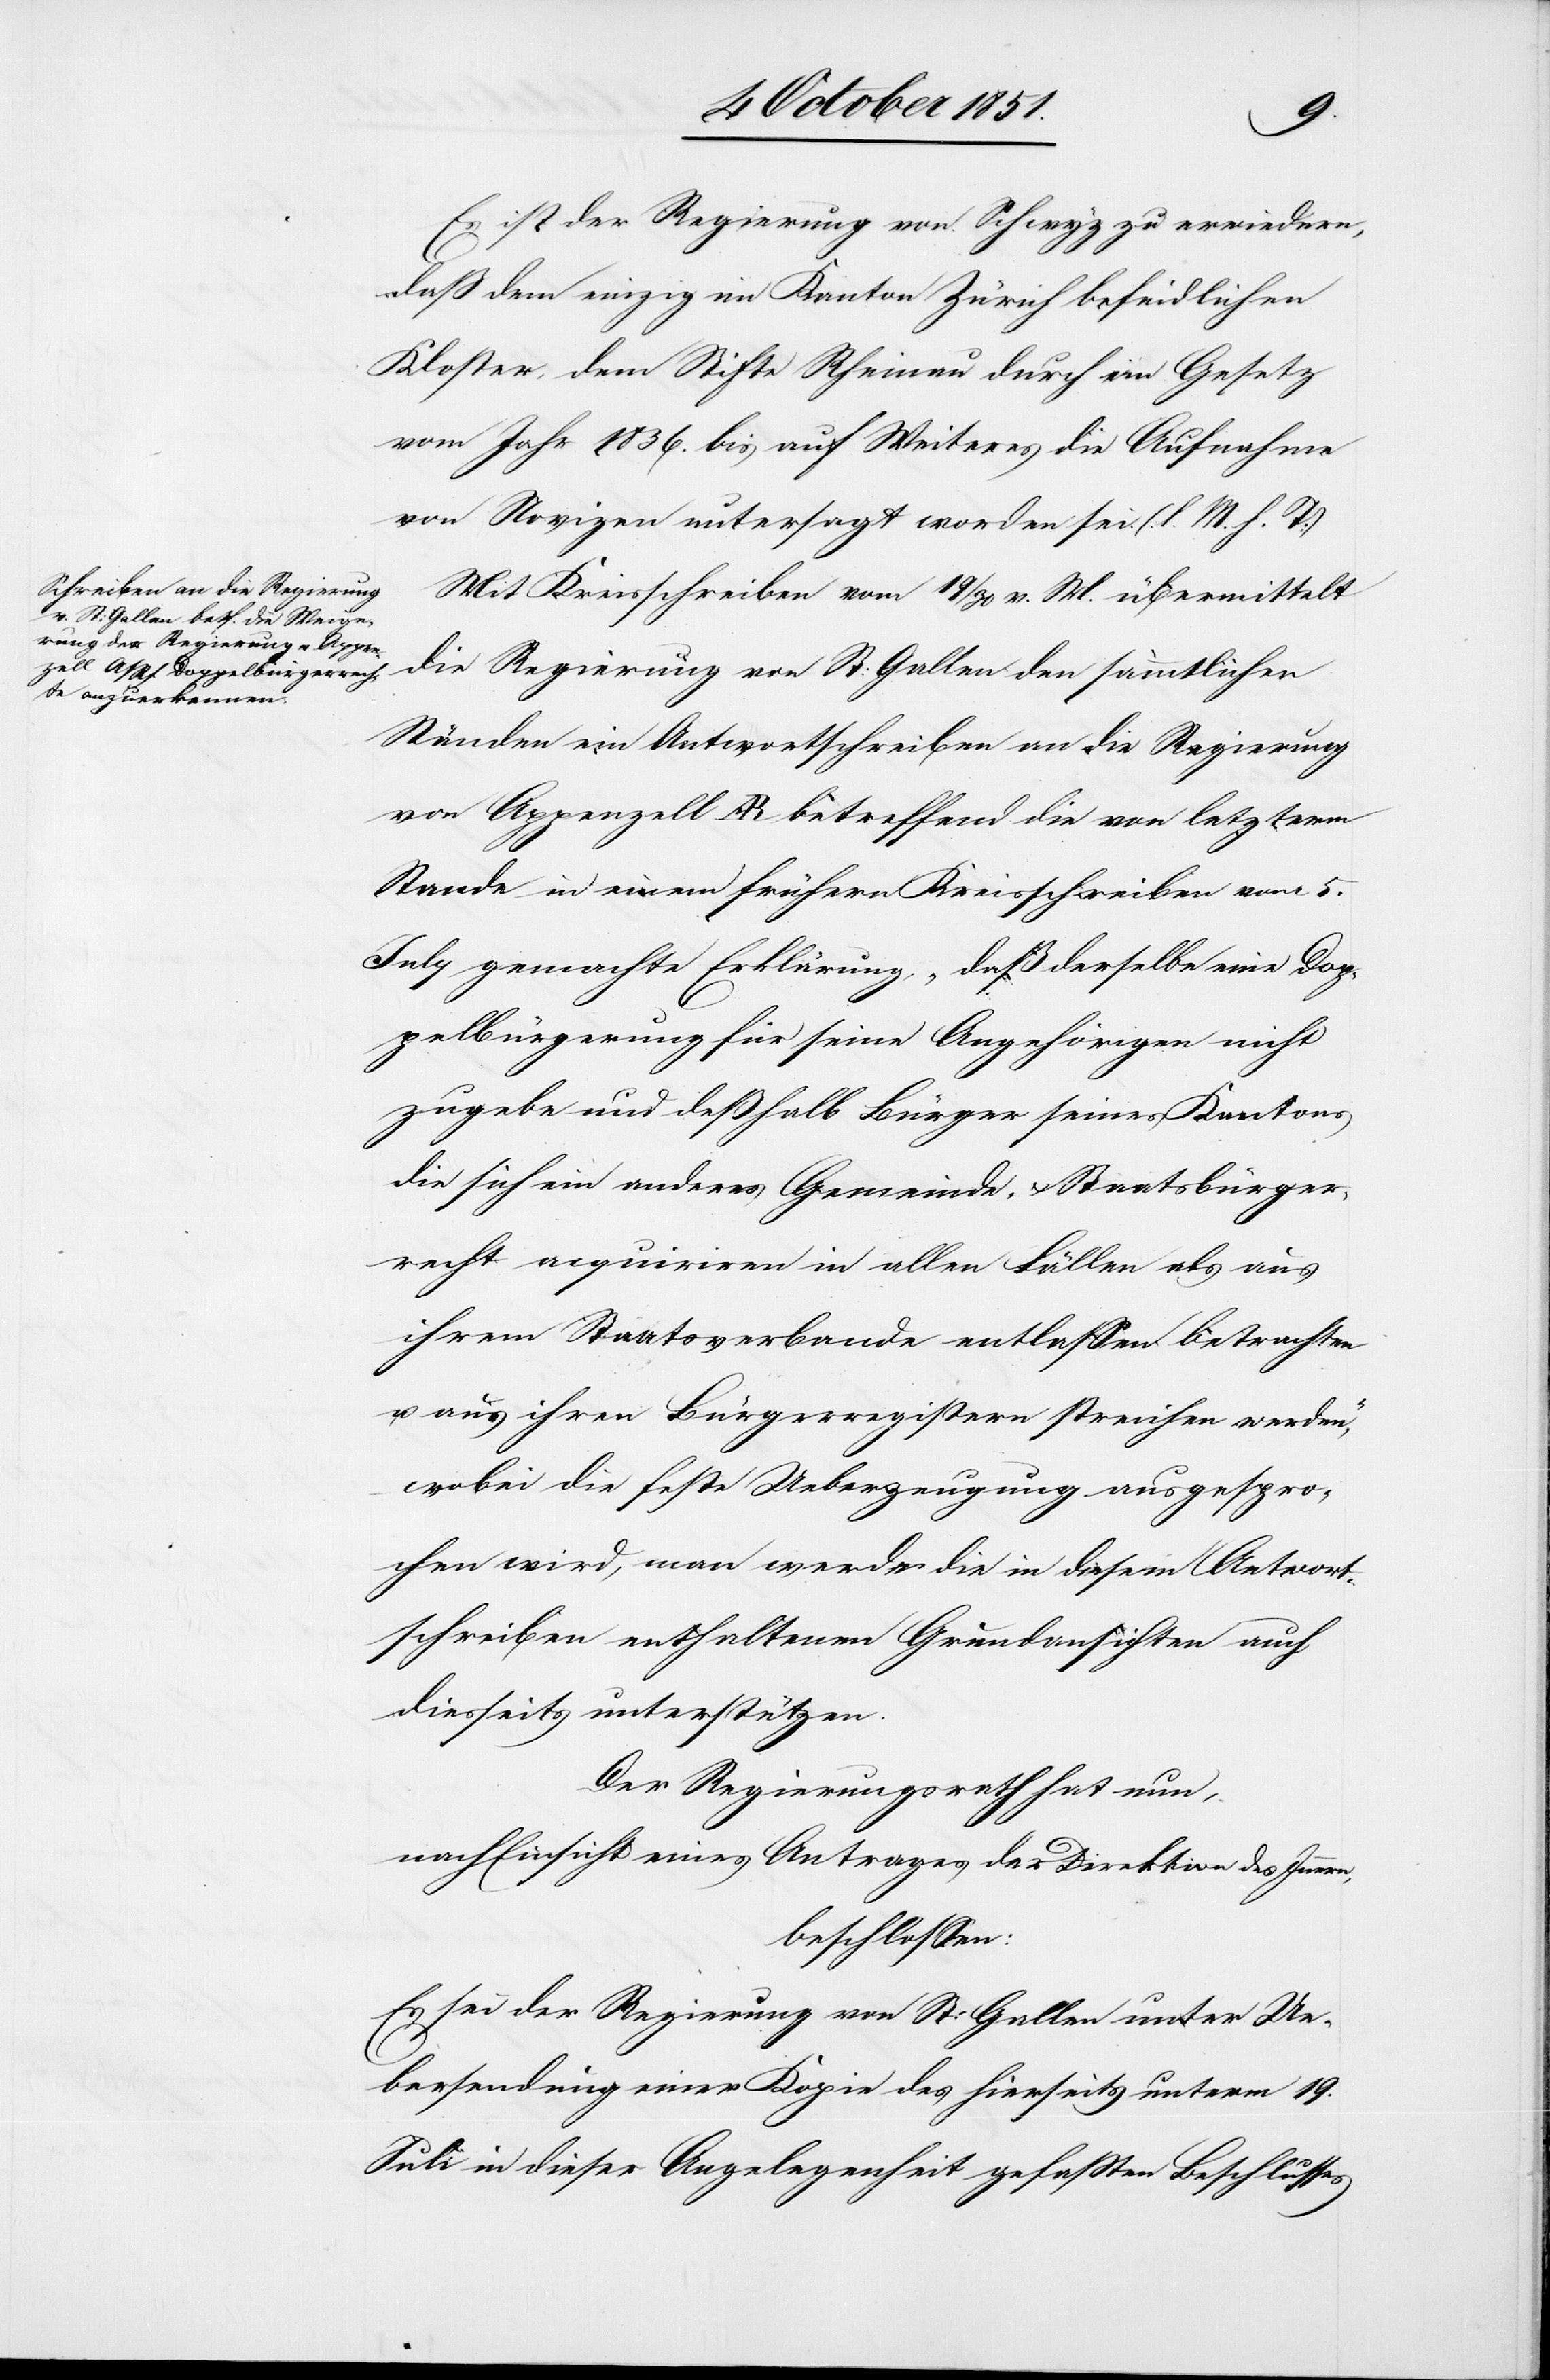
Es ist der Regierung von Schwyz zu erwiedern,
daß dem einzig im Kanton Zürich befindlichen
Kloster, dem Stifte Rheinau durch ein Gesetz
vom Jahr 1836. bis auf Weiteres die Aufnahme
von Novizen untersagt worden sei. (l. M. h. T)
Mit Kreisschreiben vom 19 / 30 v. M. übermittelt
die Regierung von St: Gallen den sämmtlichen
Ständen ein Antwortschreiben an die Regierung
von Appenzell AR betreffend die von letzterm
Stande in einem frühern Kreisschreiben vom 5.
July gemachte Erklärung, „daß derselbe eine Dop¬
pelbürgerung für seine Angehörigen nicht
zugebe und deßhalb Bürger seines Kantons
die sich ein anderes Gemeinde- & Staatsbürger¬
recht acquiriren in allen Fällen als aus
ihrem Staatsverbande entlassen betrachten
u. aus ihren Bürgerregistern streichen werden
wobei die feste Ueberzeugung ausgespro¬
chen wird, man werde die in diesem Antwort¬
schreiben enthaltenen Grundansichten auch
diesseits unterstützen.
Der Regierungsrath hat nun,
nach Einsicht eines Antrages der Direktion des Innern,
beschlossen:
Es sei der Regierung von St: Gallen unter Ue¬
bersendung einer Kopie des hierseits unterm 19.
Juli in dieser Angelegenheit gefaßten Beschlusses